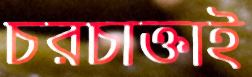
চরচাক্তাই